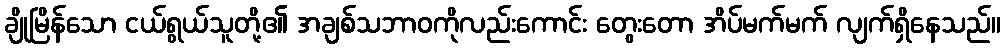
ချိုမြိန်သော ငယ်ရွယ်သူတို့၏ အချစ်သဘာဝကိုလည်းကောင်း တွေးတော အိပ်မက်မက် လျက်ရှိနေသည်။